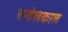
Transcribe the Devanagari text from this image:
चन्देलकाल